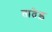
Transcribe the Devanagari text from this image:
तातेड़